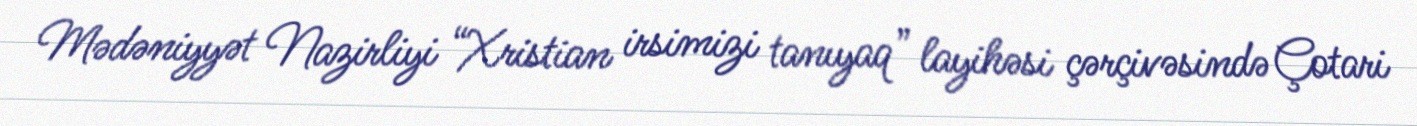
Mədəniyyət Nazirliyi “Xristian irsimizi tanıyaq” layihəsi çərçivəsində Çotari